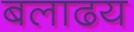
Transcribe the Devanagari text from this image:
बलाढय